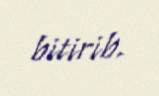
bitirib.